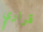
قراري